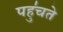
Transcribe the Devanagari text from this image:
पहु॑चते